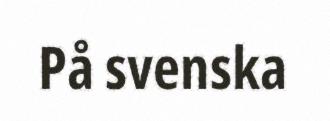
På svenska